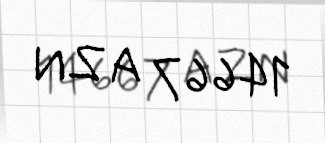
14667 AZN